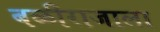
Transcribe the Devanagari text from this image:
बळीराजाला